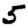
Digit: 5